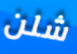
شلن